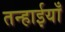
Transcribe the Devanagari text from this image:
तन्हाईयाँ